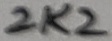
Text: 2K2